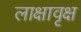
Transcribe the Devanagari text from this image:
लाक्षावृक्ष